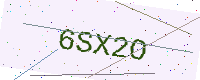
Text: 6SX2O